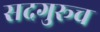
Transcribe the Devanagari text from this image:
सदगुरूच